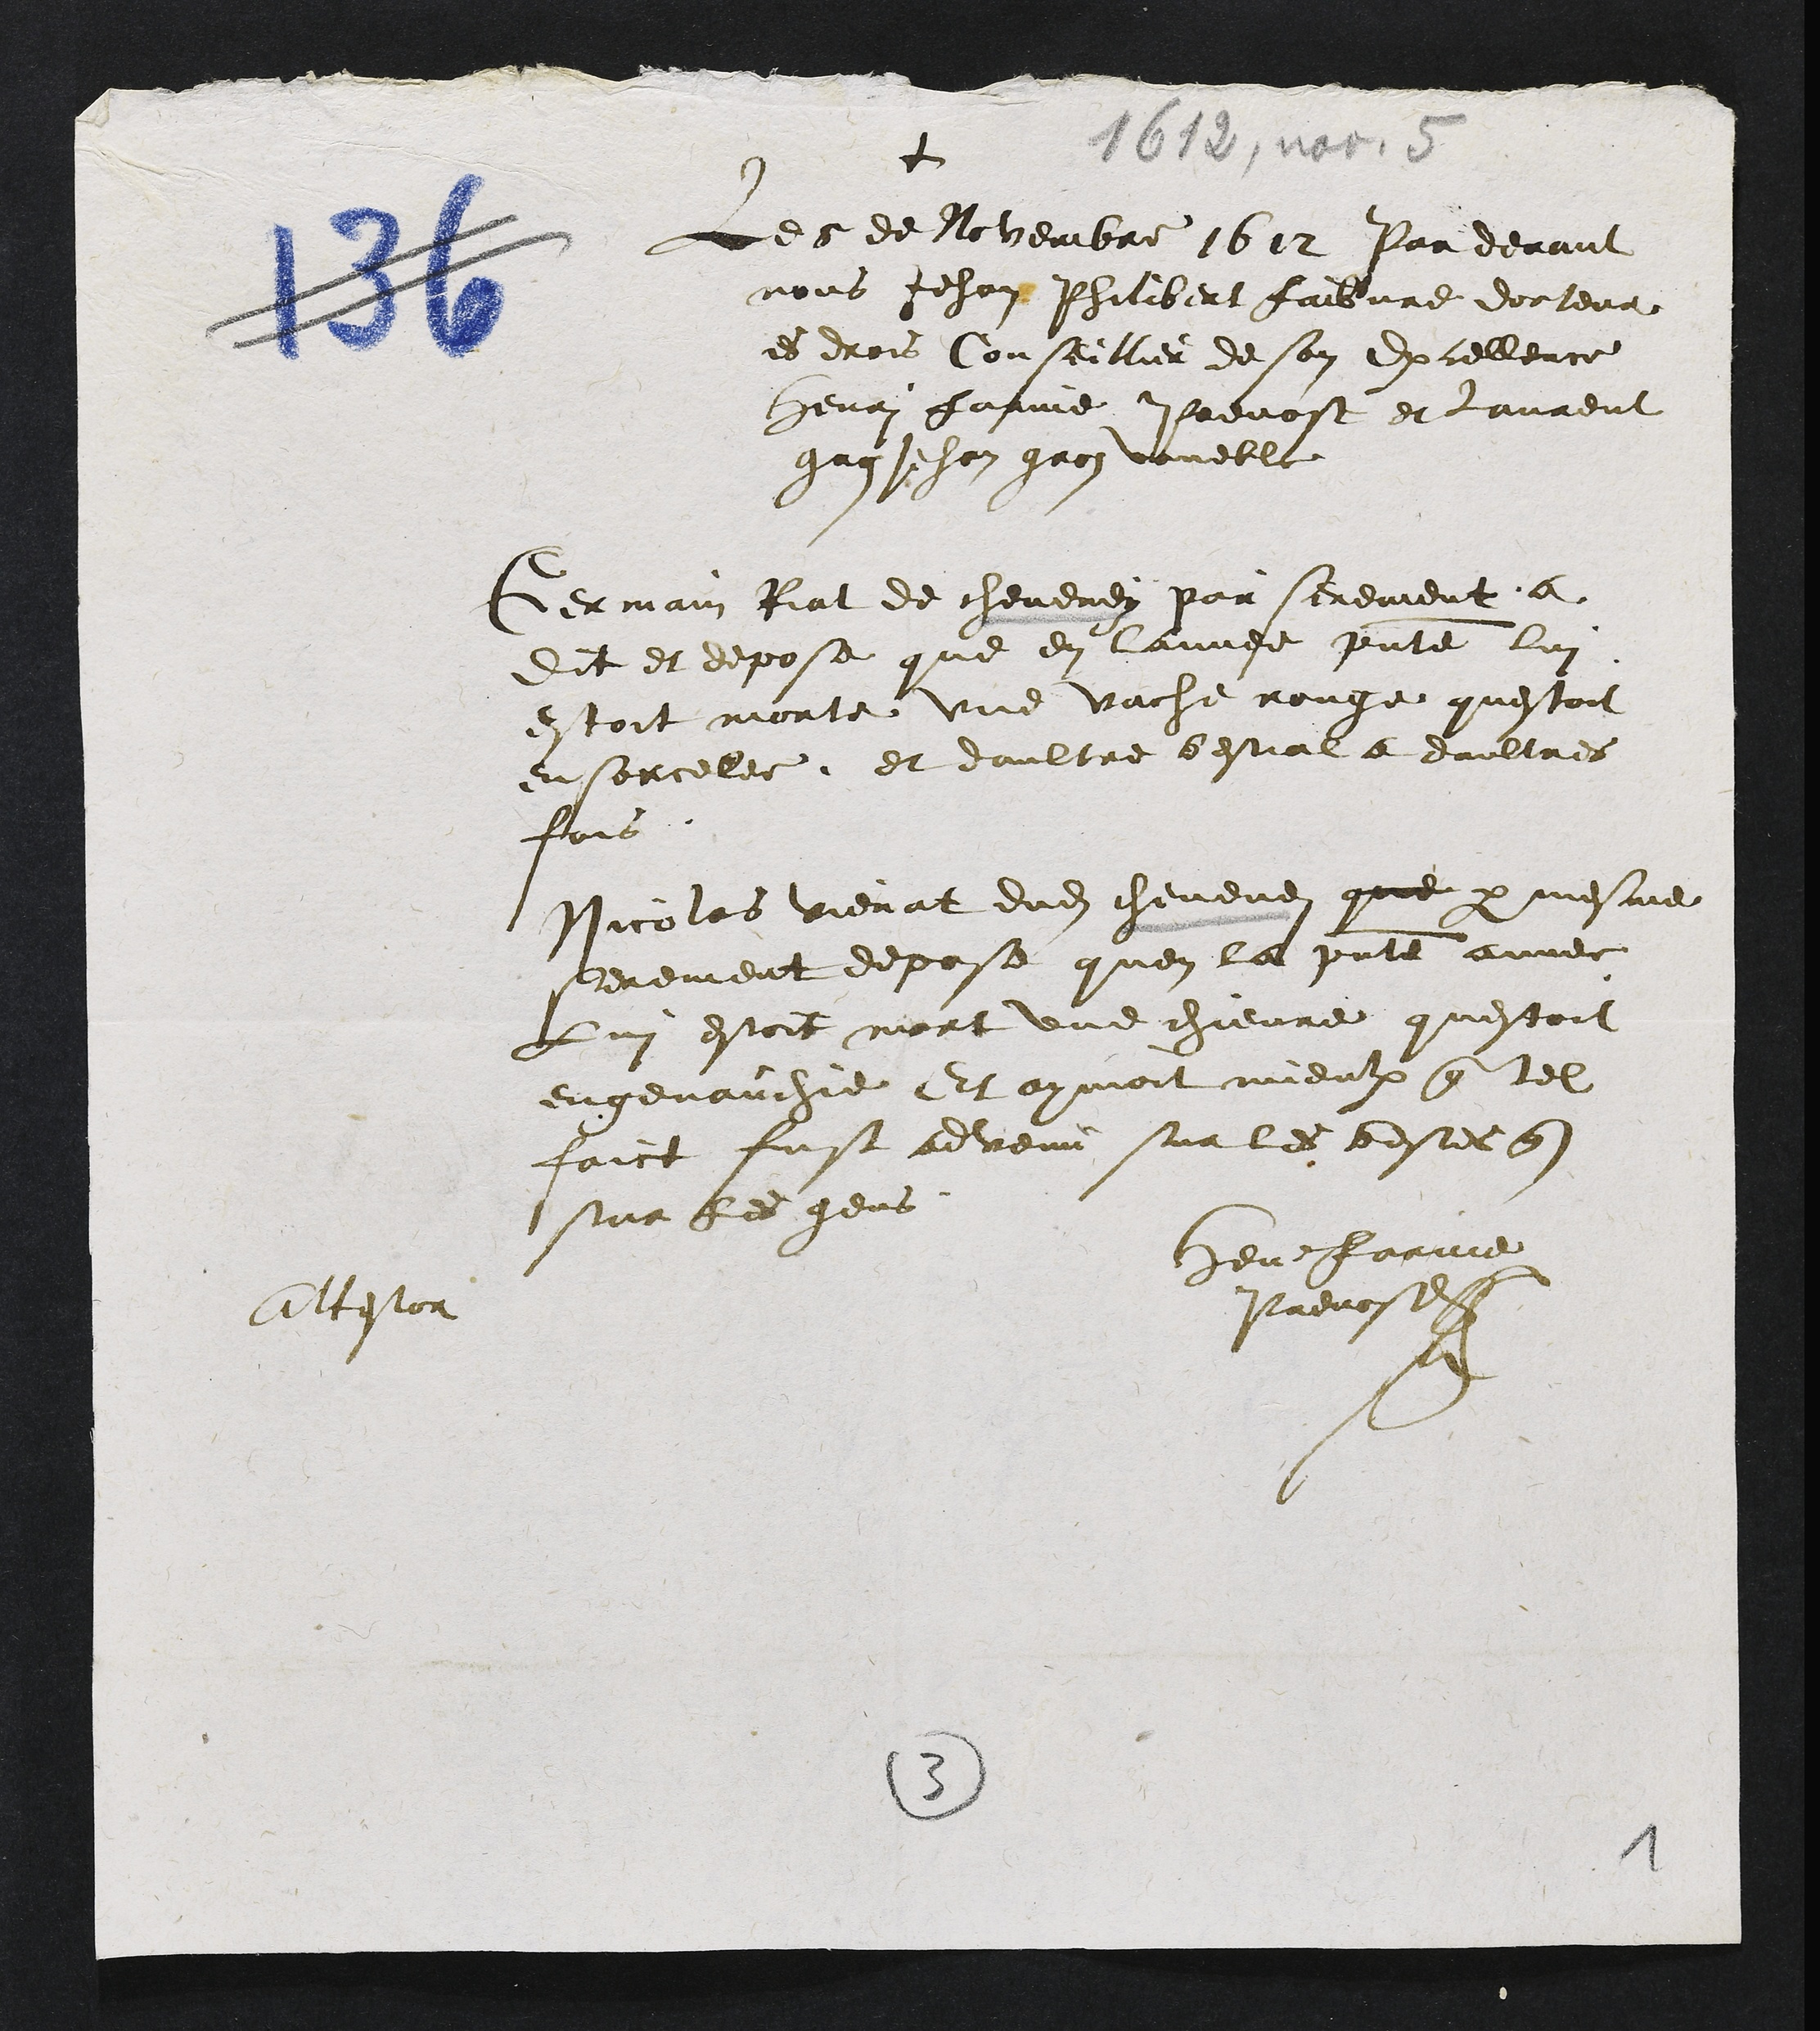
1612, novembre 5
+
Le 5 de Novembre 1612 Par devant
nous Jehan Philibert Faibvre docteur
es droit Conseillier de son Excellence
Henri Farine Prevost et Laurent
grehan gros voueble
Germain Riat de cheveney par serement a
Dit et depose que en lannee presente lui
estoit morte une vache rouge questoit
ensorcellee et daultre bestial a daultres
fois
Nicolas vienat dudit chevenez que par mesme
serement depose quen la presente annee
Lui estoit mort une chievre questoit
engenande Et oyoit mieulx que tel
faict fust advenu sur les bestes que
sur les gens
testor
Henri Farine
Prevost
4